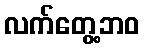
လက်တွေ့ဘဝ